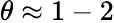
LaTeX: \theta\approx 1-2